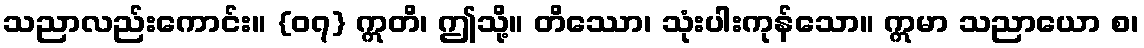
သညာလည်းကောင်း။ {၀၇} ဣတိ၊ ဤသို့။ တိဿော၊ သုံးပါးကုန်သော။ ဣမာ သညာယော စ၊